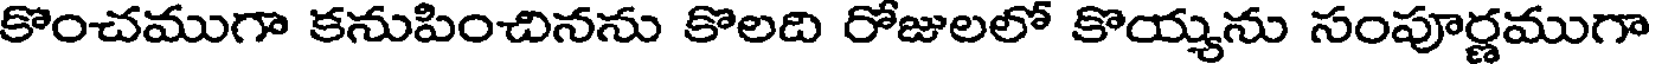
కొంచముగా కనుపించినను కొలది రోజులలో కొయ్యను సంపూర్ణముగా